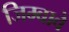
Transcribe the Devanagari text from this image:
जिम्बावे